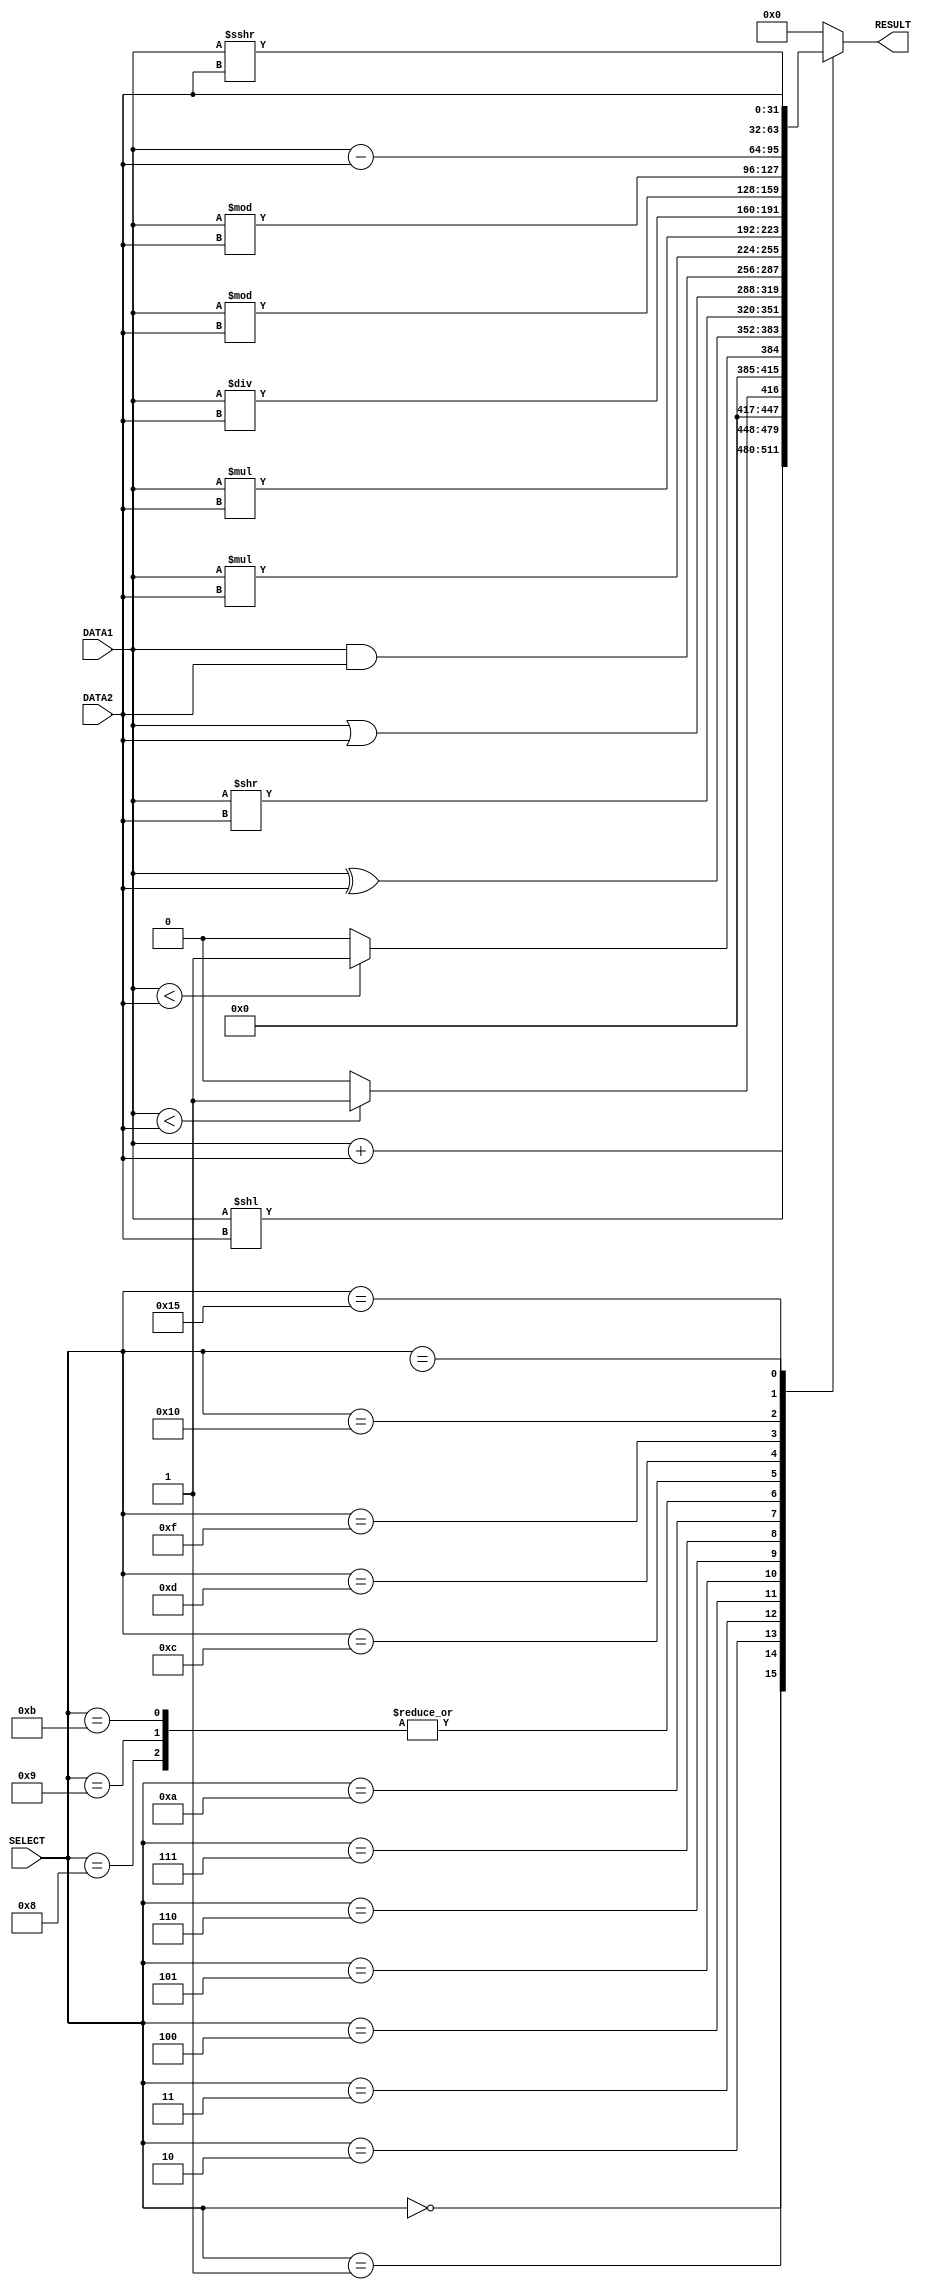
// TODO : write testbench 

`timescale 1ns/100ps


module alu (DATA1, DATA2, RESULT, SELECT);

    input   [31:0]  DATA1, DATA2;
    input   [5:0]   SELECT; // 6bit allocated 5 bit mentioned in paper
    output  [31:0]  RESULT;

    reg     [31:0]  RESULT;

    // 18 operations mentioned
    wire    [31:0]  INTER_ADD,
                    INTER_SUB,
                    INTER_AND,
                    INTER_OR,
                    INTER_XOR,
                    INTER_SLT,
                    INTER_SLTU,
                    INTER_SLL,
                    INTER_SRL,
                    INTER_SRA,
                    INTER_MUL,
                    INTER_MULH,
                    INTER_MULHSU,
                    INTER_MULHU,
                    INTER_DIV,
                    INTER_REM,
                    INTER_REMU,
                    INTER_FWD; // intermediate to hold calculation

    // FLOAT not implemented


    //time delay set temp for operations
    assign INTER_FWD = DATA2;

    assign INTER_ADD = DATA1 + DATA2;
    assign INTER_SUB = DATA1 - DATA2;
    assign INTER_AND = DATA1 & DATA2;
    assign INTER_OR = DATA1 | DATA2;
    assign INTER_XOR = DATA1 ^ DATA2;

    // logical shift 
    assign  INTER_SLL = DATA1 << DATA2;
    assign  INTER_SRL = DATA1 >> DATA2;
    // arithmetic shift right
    assign  INTER_SRA = DATA1 >>> DATA2;

    assign  INTER_SLT = ($signed(DATA1) < $signed(DATA2)) ? 1'b1 : 1'b0 ; //set less than
    assign  INTER_SLTU = ($unsigned(DATA1) < $unsigned(DATA2)) ? 1'b1 : 1'b0; // set less than unsigned

    assign  INTER_MUL = DATA1 * DATA2; // multiplication
    // returns upper 32 bits of signed x unsigned  
    assign  INTER_MULHSU = $signed(DATA1) * $signed(DATA2); 
    // returns upper 32 bits of unsigned x unsigned  
    assign  INTER_MULHU = $unsigned(DATA1) * $unsigned(DATA2); // multiplication

    // signed integer division
    assign  INTER_DIV = $signed(DATA1) / $signed(DATA2);
    assign  INTER_REM = $signed(DATA1) % $signed(DATA2);

    // unsigned remainder
    assign  INTER_REMU = $unsigned(DATA1) % $unsigned(DATA2);

/*
ref: https://varshaaks.wordpress.com/2021/07/19/rv32i-base-integer-instruction-set/


R -Type

ADD, SUB , OR, XOR, AND
SLT, SLTU
SLL, SRL, SRA

I - Type

ADDI, ANDI, ORI, XORI
SLTI, (SLTUI)
SLLI, SRLI, SRAI


U -Type

LUI
AUIPC

J - Type

JALR
JAL

B - Type

BEQ BNEQ    
BLT BLTU
BGE BGEU

S - Type

LOAD LW LH LHU LB LBU
STORE SW SH SB 

*/

always @ (*)
begin
    case(SELECT)
        6'b000000:
            RESULT = INTER_ADD;
        6'b000001:
            RESULT = INTER_SLL;
        6'b000010:
            RESULT = INTER_SLT;
        6'b000011:
            RESULT = INTER_SLTU;

        6'b000100:
            RESULT = INTER_XOR;
        6'b000101:
            RESULT = INTER_SRL;
        6'b000110:
            RESULT = INTER_OR;
        6'b000111:
            RESULT = INTER_AND;

        // mul command
        6'b001000:
            RESULT = INTER_MUL;
        6'b001001:
            RESULT = INTER_MUL;
        6'b001010:
            RESULT = INTER_MULHSU;
        6'b001011:
            RESULT = INTER_MULHU;
        6'b001100:
            RESULT = INTER_DIV;
        6'b001101:
            RESULT = INTER_REM;
        6'b001111:
            RESULT = INTER_REMU;

        6'b010000:
            RESULT = INTER_SUB;
        6'b010101:
            RESULT = INTER_SRA;
        6'b011xxx:
            RESULT = INTER_FWD;
        default: RESULT = 0;
    endcase
end

endmodule